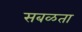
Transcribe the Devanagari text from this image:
सबळता